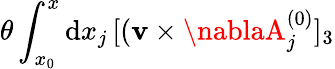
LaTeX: \theta\int_{x_{0}}^{x}\mathrm{d}x_{j}\, [({\mathbf{v}}\times\nablaA_{j}^{(0)}]_{3}